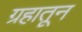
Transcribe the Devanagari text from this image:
ग्रहातून